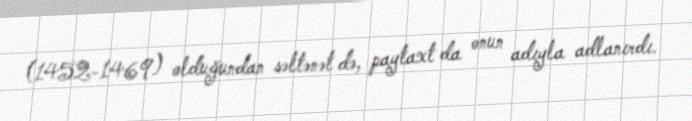
(1452-1469) olduğundan səltənət də, paytaxt da onun adıyla adlanırdı.